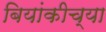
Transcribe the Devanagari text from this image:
बियांकीच्या